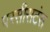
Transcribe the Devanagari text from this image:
परसीसटंस